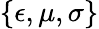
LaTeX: \{ \epsilon,\mu,\sigma\}